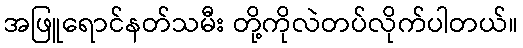
အဖြူရောင်နတ်သမီး တို့ကိုလဲတပ်လိုက်ပါတယ်။